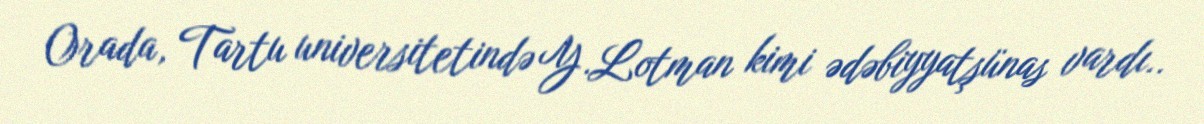
Orada, Tartu universitetində Y.Lotman kimi ədəbiyyatşünas vardı..